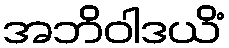
အဘိဝါဒယိံ